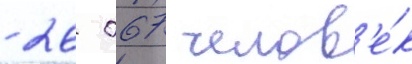
- 26 067 челов'е́к